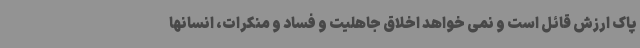
پاک ارزش قائل است و نمی خواهد اخلاق جاهلیت و فساد و منکرات، انسانها